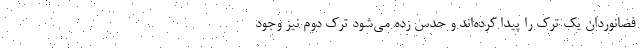
فضانوردان یک ترک را پیدا کرده‌اند و حدس زده می‌شود ترک دوم نیز وجود